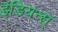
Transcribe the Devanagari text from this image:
इंडियन्स्